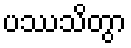
ပဿသိတွာ